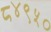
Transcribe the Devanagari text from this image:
८४९५०